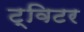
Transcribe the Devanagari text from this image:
ट्विटर